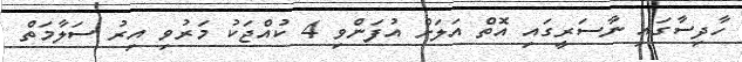
ހާދިސާގައި ނާސަރީގައި އޮތް އަލަށް އުފަންވި 4 ކުއްޖަކު މަރުވި އިރު ސަލާމަތް